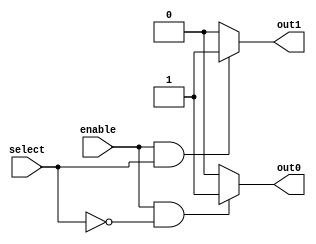
module demux_1to2 (
    input wire enable,
    input wire select,
    output wire out0,
    output wire out1
);

assign out0 = (enable && (select == 1'b0)) ? 1'b1 : 1'b0;
assign out1 = (enable && (select == 1'b1)) ? 1'b1 : 1'b0;

endmodule

module demux_1to4 (
    input wire enable,
    input wire [1:0] select,
    output wire out0,
    output wire out1,
    output wire out2,
    output wire out3
);

wire mid0, mid1;

demux_1to2 d1to2_0 (
    .enable(enable),
    .select(select[0]),
    .out0(mid0),
    .out1(mid1)
);

demux_1to2 d1to2_1 (
    .enable(enable),
    .select(select[1]),
    .out0(out2),
    .out1(out3)
);

assign out0 = mid0;
assign out1 = mid1;

endmodule